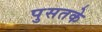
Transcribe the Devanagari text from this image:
पुसतके